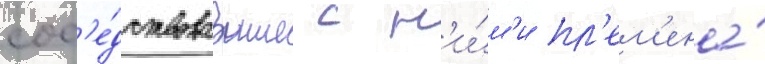
сос'е́дствовавшие с н'и́м'и пл'ем'ена́